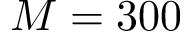
M = 3 0 0